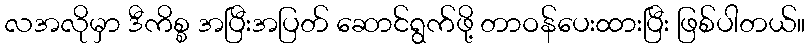
လအလိုမှာ ဒီကိစ္စ အပြီးအပြတ် ဆောင်ရွက်ဖို့ တာဝန်ပေးထားပြီး ဖြစ်ပါတယ်။